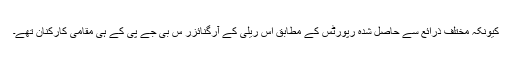
کیونکہ مختلف ذرائع سے حاصل شدہ رپورٹس کے مطابق اِس ریلی کے آرگنائزر س بی جے پی کے ہی مقامی کارکنان تھے۔